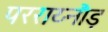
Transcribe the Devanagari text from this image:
परराय्नौड़